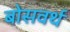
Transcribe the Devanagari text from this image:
बोसवर्थ